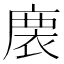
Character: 𢊇